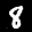
Label: 8